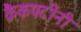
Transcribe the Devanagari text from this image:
कैकपटींनी